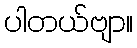
ပါတယ်ဗျာ။